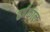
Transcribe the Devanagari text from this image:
हर्षकाल